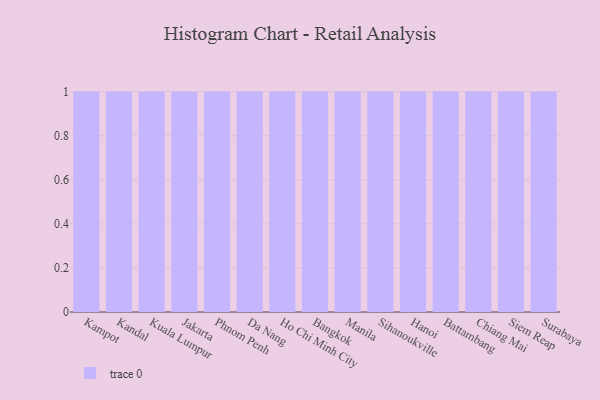
{"axis": {"x": "City", "y": "Churn Rate (%)"}, "legend": [""], "data": [{"x": "Kampot", "y": 76, "type": ""}, {"x": "Kandal", "y": 94, "type": ""}, {"x": "Kuala Lumpur", "y": 34, "type": ""}, {"x": "Jakarta", "y": 79, "type": ""}, {"x": "Phnom Penh", "y": 40, "type": ""}, {"x": "Da Nang", "y": 77, "type": ""}, {"x": "Ho Chi Minh City", "y": 12, "type": ""}, {"x": "Bangkok", "y": 30, "type": ""}, {"x": "Manila", "y": 82, "type": ""}, {"x": "Sihanoukville", "y": 44, "type": ""}, {"x": "Hanoi", "y": 56, "type": ""}, {"x": "Battambang", "y": 14, "type": ""}, {"x": "Chiang Mai", "y": 54, "type": ""}, {"x": "Siem Reap", "y": 22, "type": ""}, {"x": "Surabaya", "y": 19, "type": ""}]}